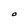
Character: O